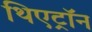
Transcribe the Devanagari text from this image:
थिएट्रॉन